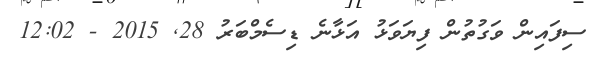
ސިފައިން ވަގުތުން ފިޔަވަޅު އަޅާނެ ޑިސެމްބަރު 28